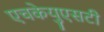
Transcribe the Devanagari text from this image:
एचकेयुएसटी